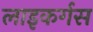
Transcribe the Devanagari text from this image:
लाइकर्गस